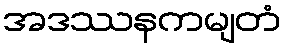
အဒဿနကမျတံ